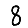
Digit: 8